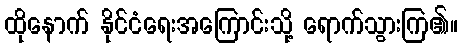
ထိုနောက် နိုင်ငံရေးအကြောင်းသို့ ရောက်သွားကြ၏။